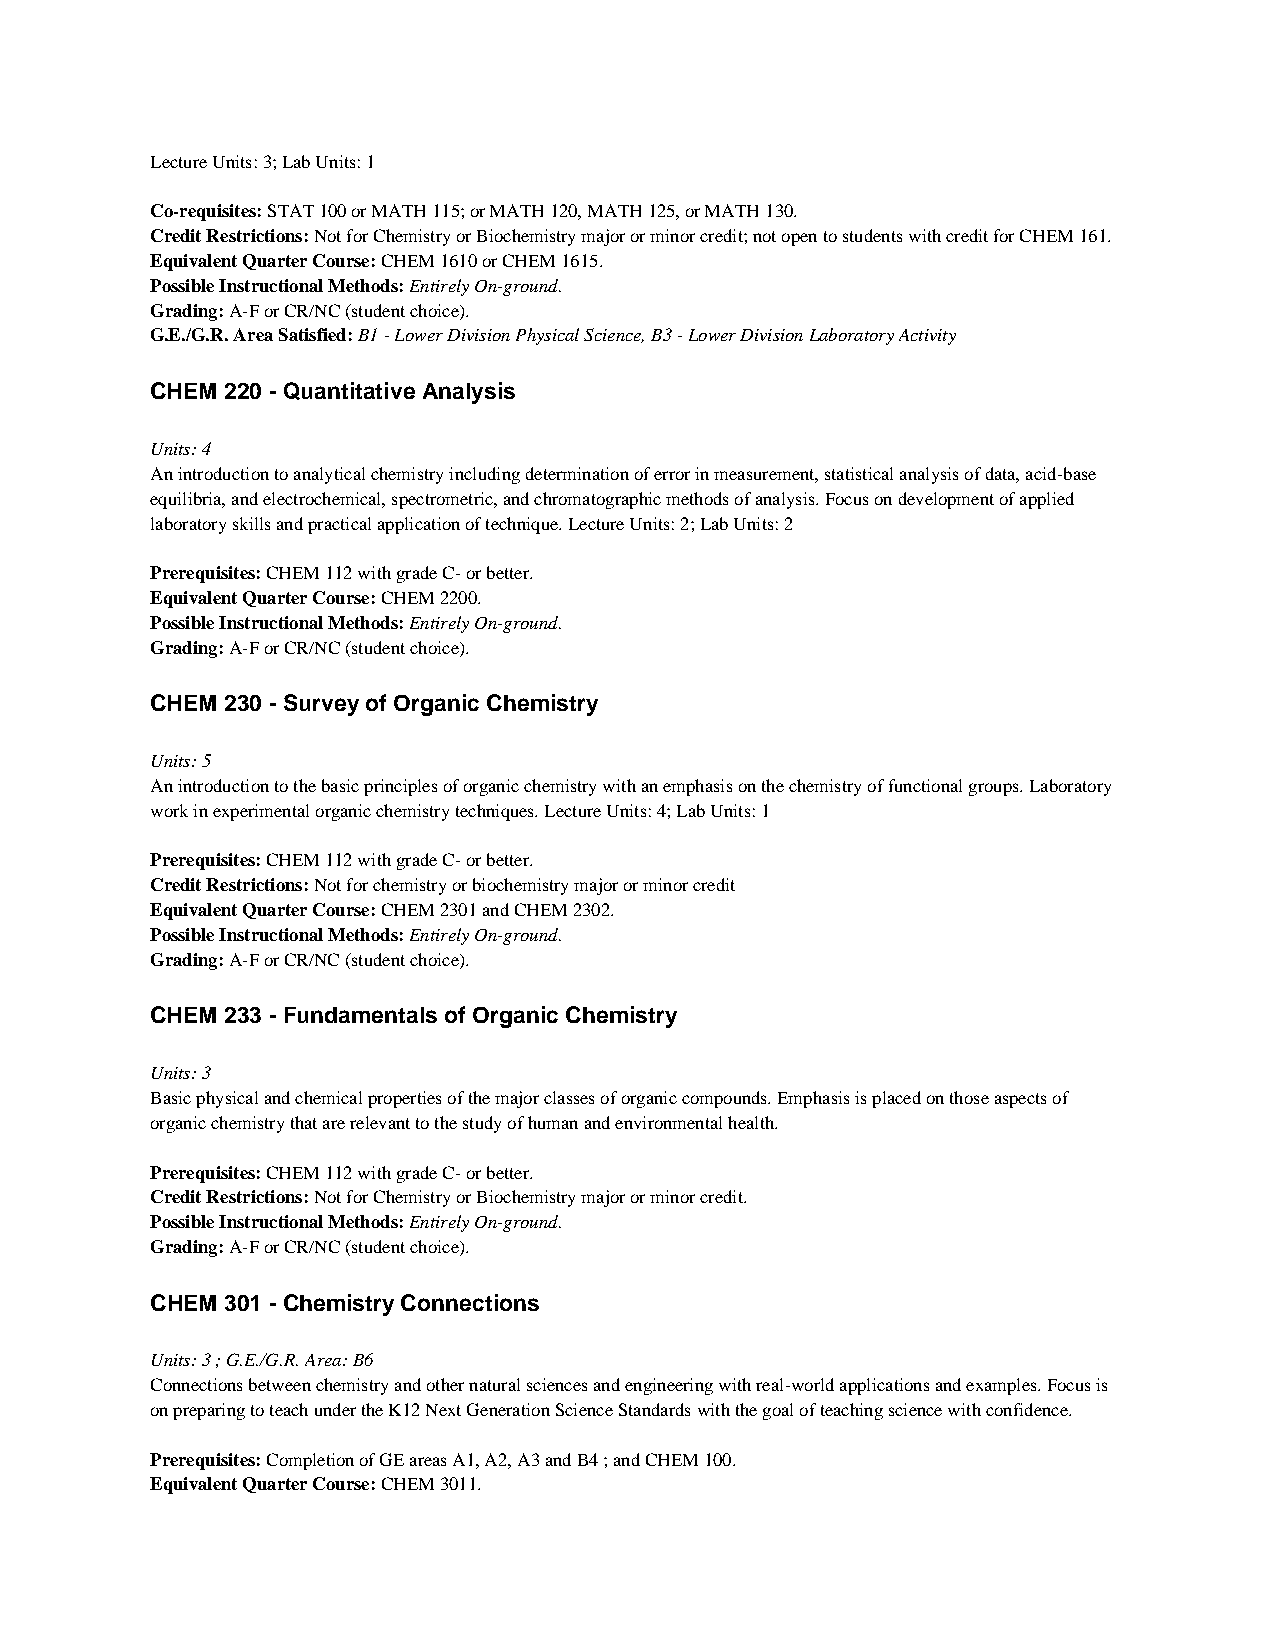
Lecture Units: 3; Lab Units: 1
 Co-requisites: STAT 100 or MATH 115; or MATH 120, MATH 125, or MATH 130.
 Credit Restrictions: Not for Chemistry or Biochemistry major or minor credit; not open to students with credit for CHEM 161.
 Equivalent Quarter Course: CHEM 1610 or CHEM 1615.
 Possible Instructional Methods: Entirely On-ground.
 Grading: A-F or CR/NC (student choice).
 G.E./G.R. Area Satisfied: B1 - Lower Division Physical Science, B3 - Lower Division Laboratory Activity
 CHEM 220 - Quantitative Analysis
 Units: 4
 An introduction to analytical chemistry including determination of error in measurement, statistical analysis of data, acid-base
 equilibria, and electrochemical, spectrometric, and chromatographic methods of analysis. Focus on development of applied
 laboratory skills and practical application of technique. Lecture Units: 2; Lab Units: 2
 Prerequisites: CHEM 112 with grade C- or better.
 Equivalent Quarter Course: CHEM 2200.
 Possible Instructional Methods: Entirely On-ground.
 Grading: A-F or CR/NC (student choice).
 CHEM 230 - Survey of Organic Chemistry
 Units: 5
 An introduction to the basic principles of organic chemistry with an emphasis on the chemistry of functional groups. Laboratory
 work in experimental organic chemistry techniques. Lecture Units: 4; Lab Units: 1
 Prerequisites: CHEM 112 with grade C- or better.
 Credit Restrictions: Not for chemistry or biochemistry major or minor credit
 Equivalent Quarter Course: CHEM 2301 and CHEM 2302.
 Possible Instructional Methods: Entirely On-ground.
 Grading: A-F or CR/NC (student choice).
 CHEM 233 - Fundamentals of Organic Chemistry
 Units: 3
 Basic physical and chemical properties of the major classes of organic compounds. Emphasis is placed on those aspects of
 organic chemistry that are relevant to the study of human and environmental health.
 Prerequisites: CHEM 112 with grade C- or better.
 Credit Restrictions: Not for Chemistry or Biochemistry major or minor credit.
 Possible Instructional Methods: Entirely On-ground.
 Grading: A-F or CR/NC (student choice).
 CHEM 301 - Chemistry Connections
 Units: 3 ; G.E./G.R. Area: B6
 Connections between chemistry and other natural sciences and engineering with real-world applications and examples. Focus is
 on preparing to teach under the K12 Next Generation Science Standards with the goal of teaching science with confidence.
 Prerequisites: Completion of GE areas A1, A2, A3 and B4 ; and CHEM 100.
 Equivalent Quarter Course: CHEM 3011.